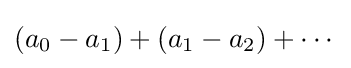
(a_{0}-a_{1})+(a_{1}-a_{2})+\cdots